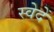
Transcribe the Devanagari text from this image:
स्वेदें